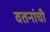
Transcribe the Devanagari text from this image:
वतनांची